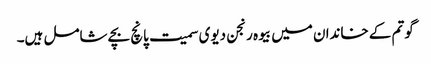
گوتم کے خاندان میں بیوہ رنجن دیوی سمیت پانچ بچے شامل ہیں۔